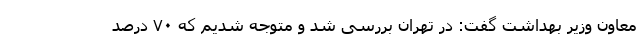
معاون وزیر بهداشت گفت: در تهران بررسی شد و متوجه شدیم که ۷۰ درصد